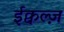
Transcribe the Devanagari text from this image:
ईक्वल्ज़